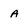
Character: a